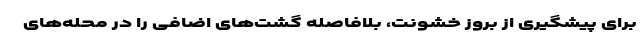
برای پیشگیری از بروز خشونت، بلافاصله گشت‌های اضافی را در محله‌های